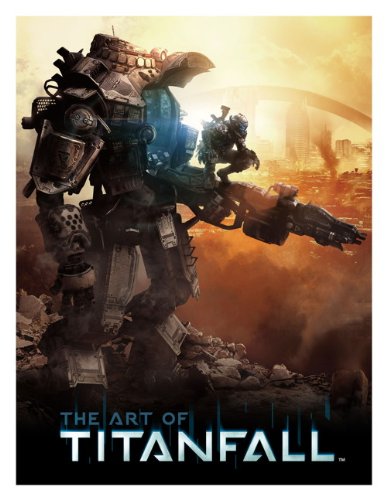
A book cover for The Art of Titanfall; Andy McVittie; Arts & Photography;